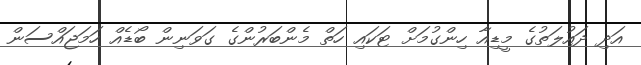
އަދި ދައުލަތުގެ މީޑިއާ ހިންގުމަށް ޓަކައި ހަތް މެންބަރުންގެ ގަވަނިން ބޯޑެއް ހަމަޖައްސަން